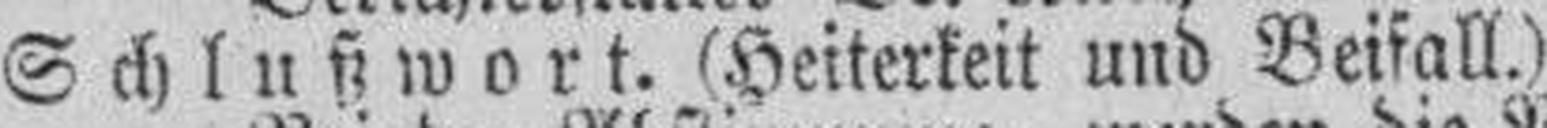
Schlußwort. (Heiterkeit und Beifall.)